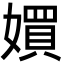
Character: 㜥